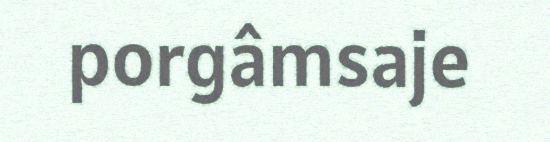
porgâmsaje